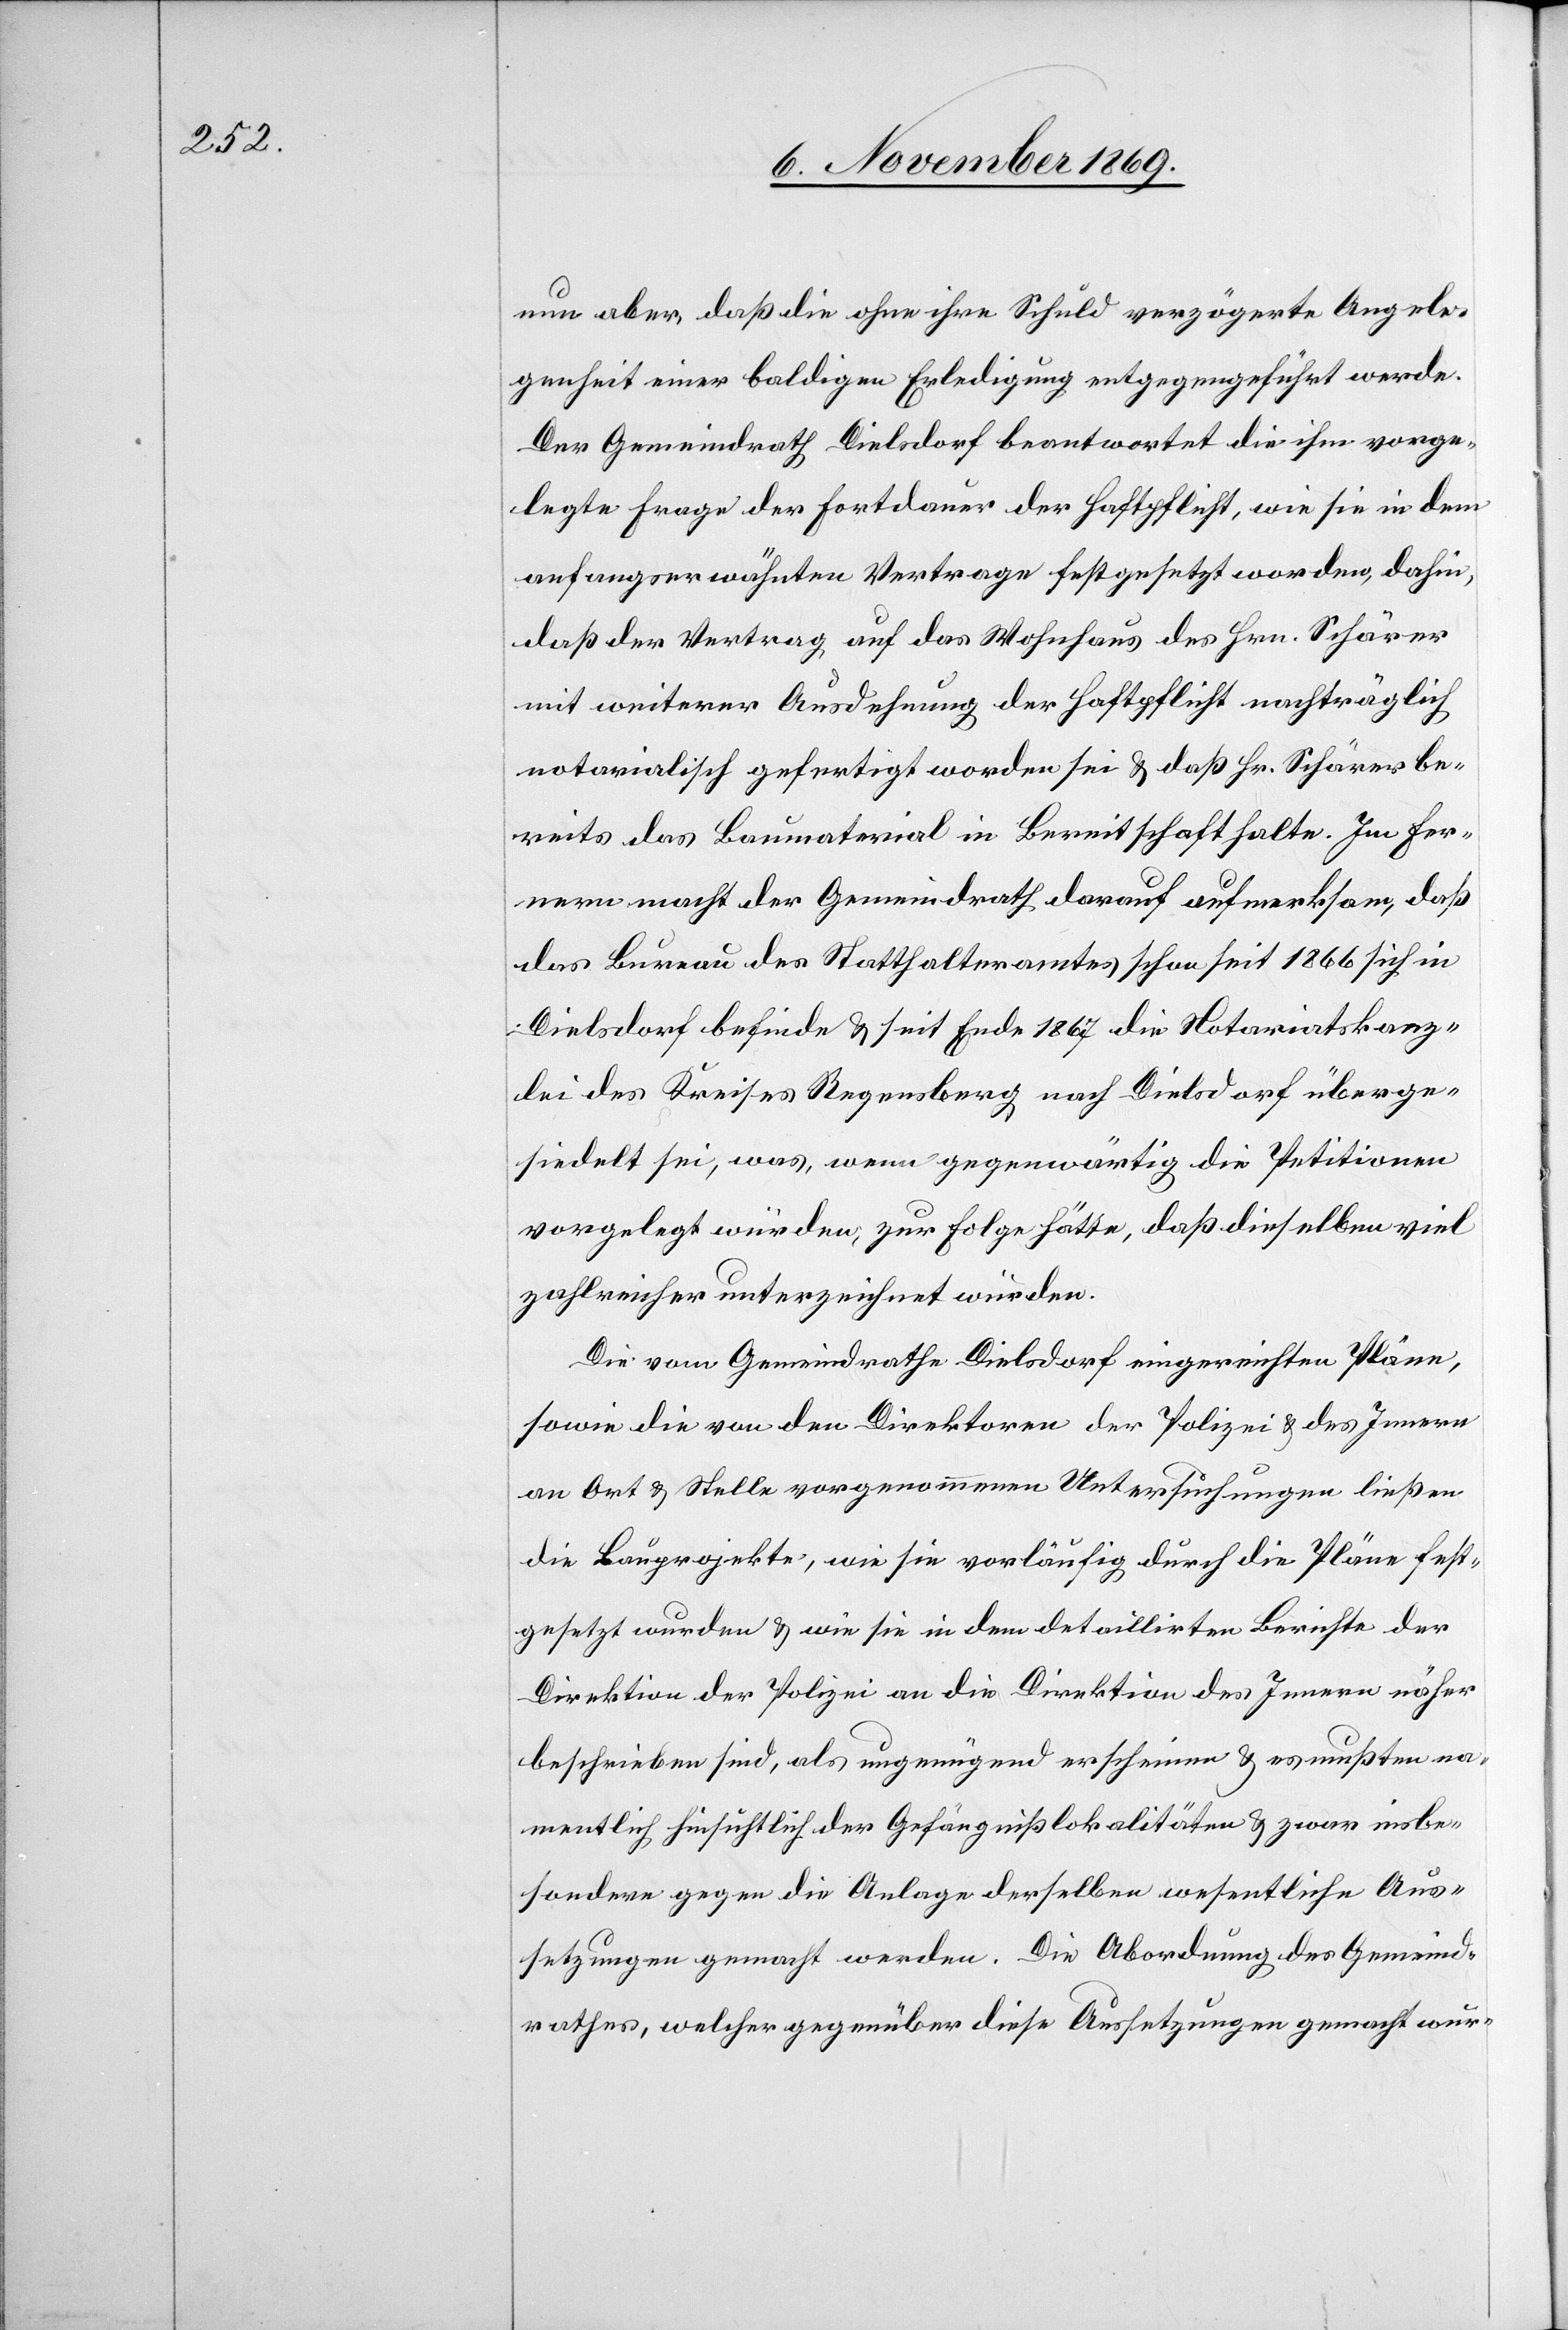
nun aber, daß die ohne ihre Schuld verzögerte Angele¬
genheit einer baldigen Erledigung entgegengeführt werde.
Der Gemeindrath Dielsdorf beantwortet die ihm vorge¬
legte Frage der Fortdauer der Haftpflicht, wie sie in dem
anfangserwähnten Vertrage festgesetzt worden, dahin,
daß der Vertrag auf das Wohnhaus des Hrn. Schärer
mit weiterer Ausdehnung der Haftpflicht nachträglich
notarialisch gefertigt worden sei & daß Hr. Schärer be¬
reits das Baumaterial in Bereitschaft halte. Im Fer¬
nern macht der Gemeindrath darauf aufmerksam, daß
das Bureau des Statthalteramtes schon seit 1866 sich in
Dielsdorf befinde & seit Ende 1867 die Notariatskanz¬
lei des Kreises Regensberg nach Dielsdorf überge¬
siedelt sei, was, wenn gegenwärtig die Petitionen
vorgelegt würden, zur Folge hätte, daß dieselben viel
zahlreicher unterzeichnet würden.
Die vom Gemeindrathe Dielsdorf eingereichten Pläne,
sowie die von den Direktoren der Polizei & des Innern
an Ort & Stelle vorgenommenen Untersuchungen ließen
die Bauprojekte, wie sie vorläufig durch die Pläne fest¬
gesetzt wurden & wie sie in dem detaillirten Berichte der
Direktion der Polizei an die Direktion des Innern näher
beschrieben sind, als ungenügend erscheinen & es mußten na¬
mentlich hinsichtlich der Gefängnißlokalitäten & zwar insbe¬
sondere gegen die Anlage derselben wesentliche Aus¬
setzungen gemacht werden. Die Abordnung des Gemeind¬
rathes, welcher gegenüber diese Aussetzungen gemacht wur-